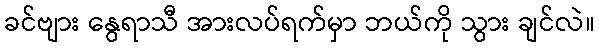
ခင်ဗျား နွေရာသီ အားလပ်ရက်မှာ ဘယ်ကို သွား ချင်လဲ။